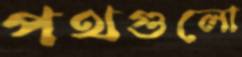
পথগুলো